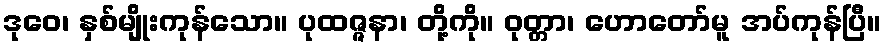
ဒုဝေ၊ နှစ်မျိုးကုန်သော။ ပုထဇ္ဇနာ၊ တို့ကို။ ဝုတ္တာ၊ ဟောတော်မူ အပ်ကုန်ပြီ။